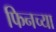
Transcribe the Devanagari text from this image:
फिनच्या